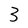
Character: 3